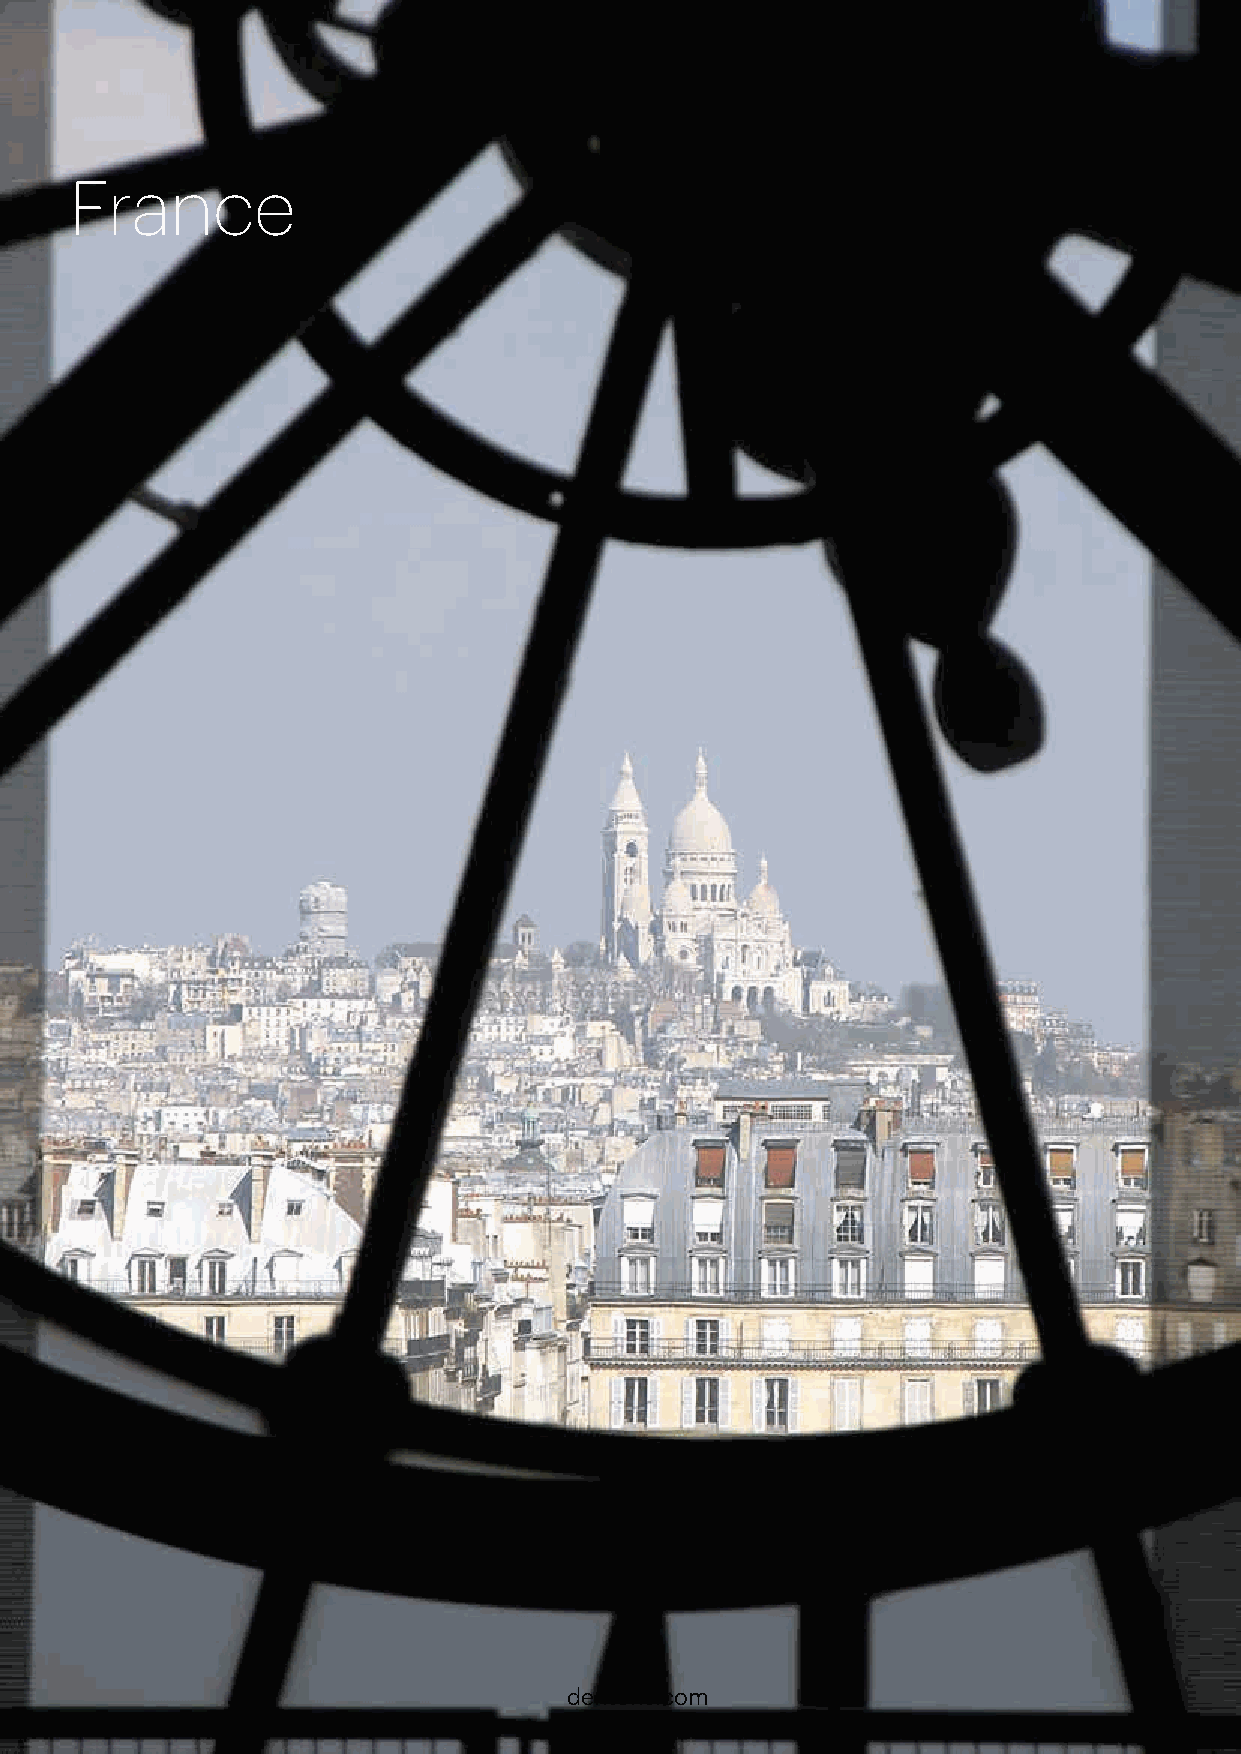
France
 dentons.com                            17